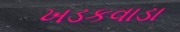
ખડકવાડા